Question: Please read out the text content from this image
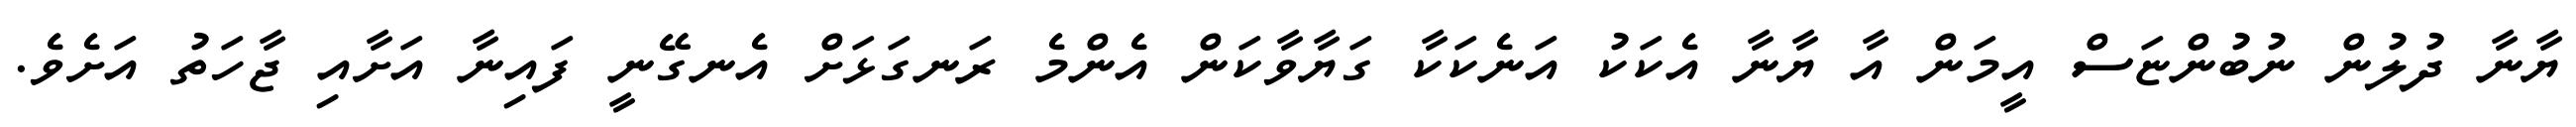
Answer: ޔާނާ ދުލުން ނުބުންޏަސް އީމަން އާ ޔާނާ އެކަކު އަނެކަކާ ގަޔާވާކަން އެންމެ ރަނގަޅަށް އެނގޭނީ ފައިނާ އަށާއި ޖާހަތު އަށެވެ.